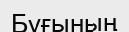
Бұғының